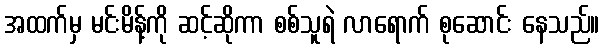
အထက်မှ မင်းမိန့်ကို ဆင့်ဆိုကာ စစ်သူရဲ လာရောက် စုဆောင်း နေသည်။